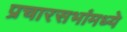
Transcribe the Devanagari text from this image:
प्रचारसभांमध्ये